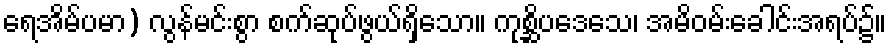
ရေအိမ်ပမာ) လွန်မင်းစွာ စက်ဆုပ်ဖွယ်ရှိသော။ ကုစ္ဆိပဒေသေ၊ အမိဝမ်းခေါင်းအရပ်၌။